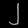
Digit: ၂